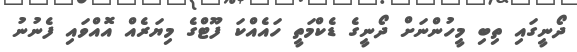
ދޯނީގައި ތިބި މީހުންނަށް ދޯނީގެ ޑެކްމަތީ ހައެއްކަ ފޫޓްގެ މިޔަރެއް އޮއްވައި ފެނުނު